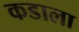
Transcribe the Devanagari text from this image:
कडाला